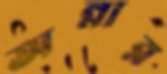
অন্নার